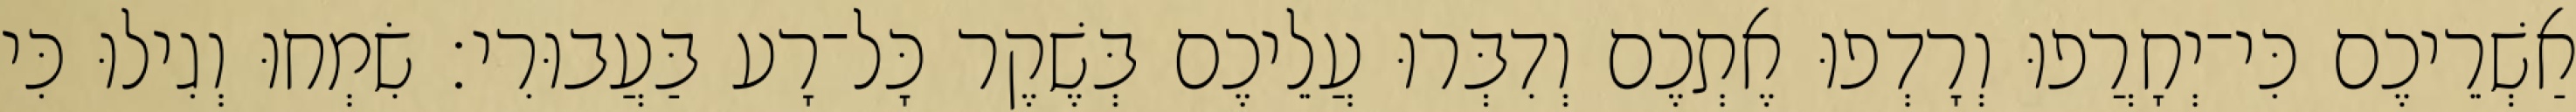
אַשְׁרֵיכֶם כִּי־יְחָרֲפוּ וְרָדְפוּ אֶתְכֶם וְדִבְּרוּ עֲלֵיכֶם בְּשֶׁקֶר כָּל־רָע בַּעֲבוּרִי׃ שִׂמְחוּ וְגִילוּ כִּי